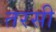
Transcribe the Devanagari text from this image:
तरसी